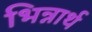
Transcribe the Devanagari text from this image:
भिन्नार्थ